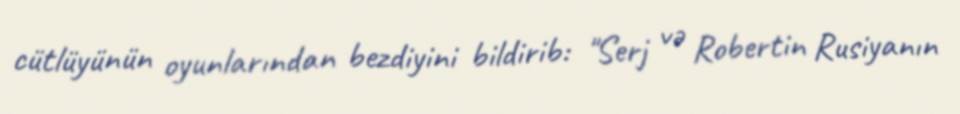
cütlüyünün oyunlarından bezdiyini bildirib: "Serj və Robertin Rusiyanın